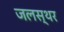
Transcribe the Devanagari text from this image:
जलस्थर